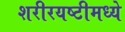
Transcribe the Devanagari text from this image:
शरीरयष्टीमध्ये